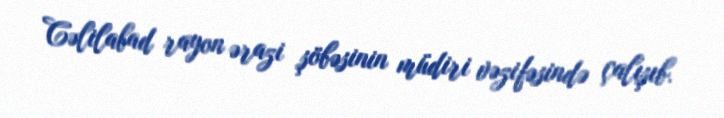
Cəlilabad rayon ərazi şöbəsinin müdiri vəzifəsində çalışıb.